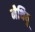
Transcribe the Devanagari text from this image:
मैथियू